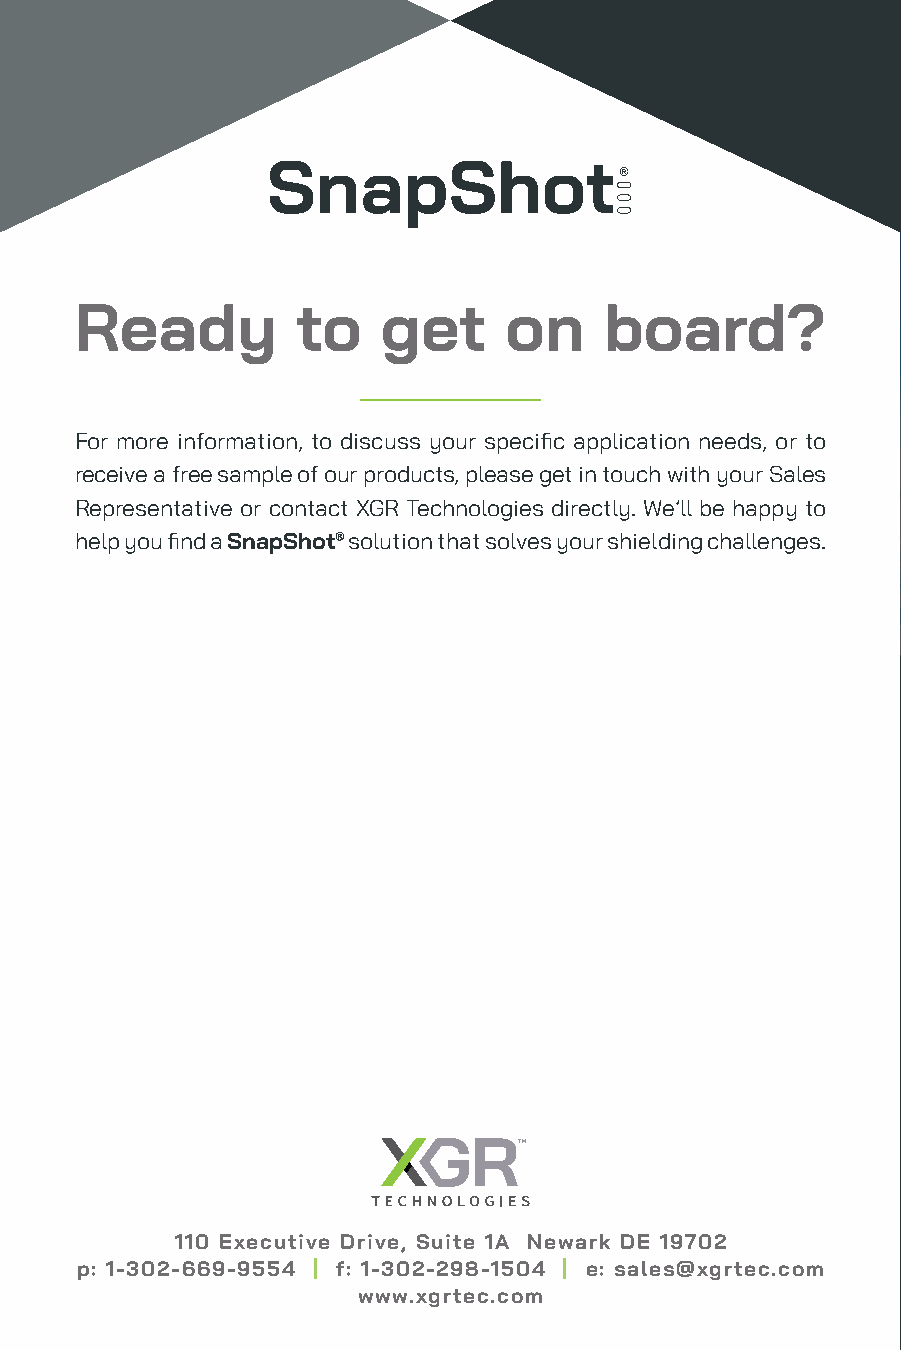
Ready          to   get     on     board?
 For more information, to discuss your specific application needs, or to
 receive a free sample of our products, please get in touch with your Sales
 Representative or contact XGR Technologies directly. We’ll be happy to
 help you find a SnapShot® solution that solves your shielding challenges.
 110 Executive Drive, Suite 1A Newark DE 19702
 p: 1-302-669-9554 | f: 1-302-298-1504 | e: sales@xgrtec.com
 www.xgrtec.com